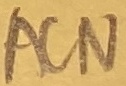
Text: ACN